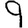
Digit: 9